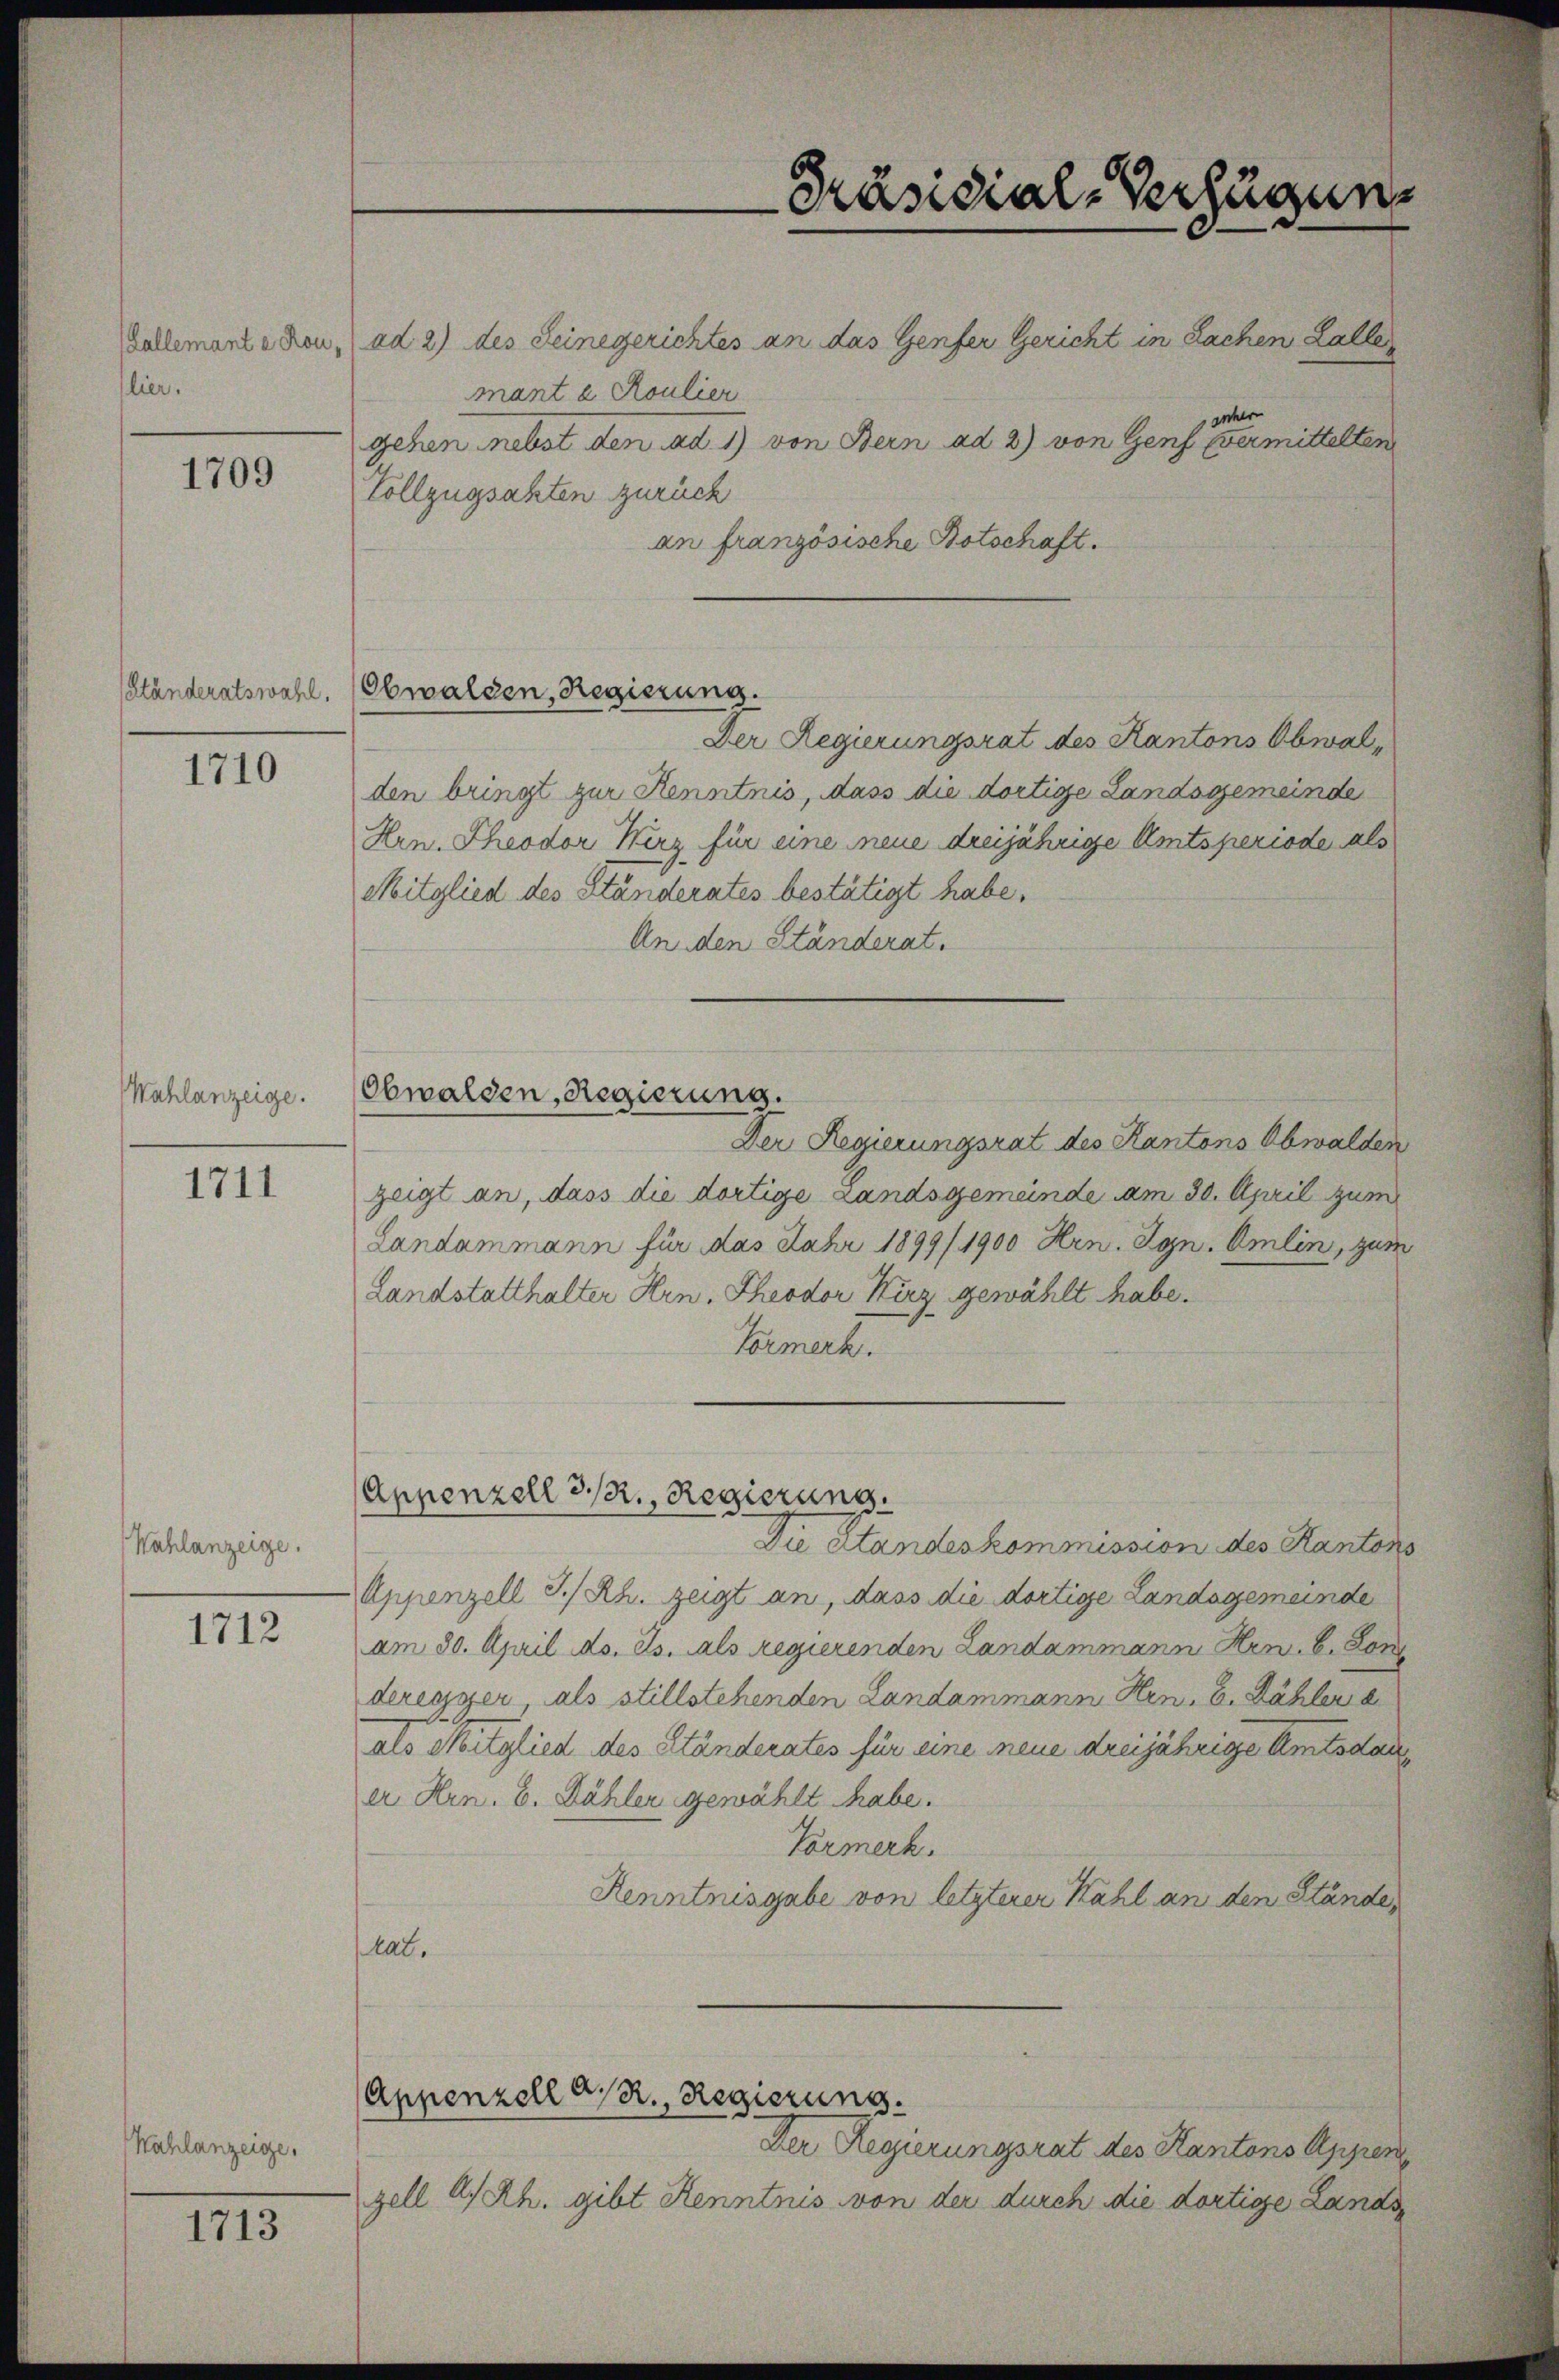
(Lallemante Rou,
lier.

1709

Ständeratswahl.

1710

Wahlanzeige.

1711

Wahlanzeige.

1712

Kahlanzeige,

1713

ad 2) des Seinegerichtes an das Genfer Gericht in Sachen Laller
mant a Roulier
gehen nebst den ad 1) von Bern ad 2) von Genf eine er mittelten
Vollzugsakten zurück
an französische Botschaft.
Der Regierungsrat des Kantons Obwalden bringt zur Kenntnis, dass die dortige Landsgemeinde
Hrn. Theodor Wirz für eine neue dreijährige Amtsperiode als
Mitglied des Ständerates bestätigt habe.
An den Ständerat.
Obwalden, Regierung.
Der Regierungsrat des Kantons Obwalden
zeigt an, dass die dortige Landsgemeinde am 30. April zum
Landammann für das Jahr 1899/1900 Hrn. Ign. Omlin, zum
Landstatthalter Hrn. Theodor Kurz gewählt habe.
Formerk.
Appenzell 3/R., Regierung.
Die Standeskommission des Kantons
Appenzell I/Rh. zeigt an, dass die dortige Landagemeinde
am 30. April d. Js. als regierenden Landammann Hrn. B. Son
deressier, als stillstehenden Landammann Hrn. B. Dähler a
als Mitglied des Ständerates für eine neue dreijährige Amtsdaue
er Hrn. B. Dähler gewählt habe.
Vormerk.
Renntnisgabe von letzterer Kahl an den Stände,
tat.
Appenzell a/R., Regierung.
Der Regierungsrat des Kantons Appren
zell A.Rh. gibt Kenntnis von der durch die dortige Lands

Obwalden, Regierung.

Präsidial-Verfügung

.